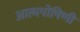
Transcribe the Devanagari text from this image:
आत्मपोषिणी